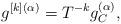
LaTeX: \begin{gather*}g^{[k](\alpha)}=T^{-k}g^{(\alpha)}_{C},\end{gather*}